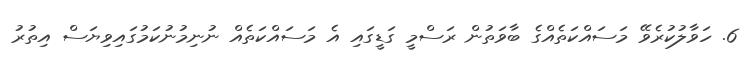
6. ހަވާލުކުރެވޭ މަސައްކަތެއްގެ ބާވަތުން ރަސްމީ ގަޑީގައި އެ މަސައްކަތެއް ނުނިމުނުކަމުގައިވިޔަސް އިތުރު